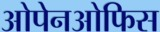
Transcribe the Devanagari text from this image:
ओपेनओफिस